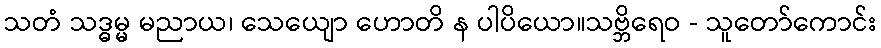
သတံ သဒ္ဓမ္မ မညာယ၊ သေယျော ဟောတိ န ပါပိယော။သဗ္ဘိရေဝ - သူတော်ကောင်း